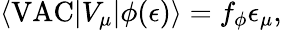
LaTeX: \langle\mathrm{VAC}|V_{\mu}|\phi(\epsilon)\rangle=f_{\phi}\epsilon_{\mu},